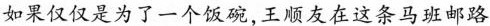
如果仅仅是为了一个饭碗,王顺友在这条马班邮路